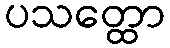
ပသတ္ထော